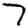
Digit: 7